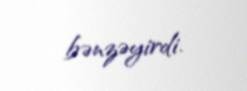
bənzəyirdi.